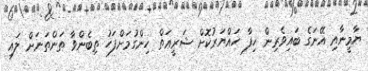
ޔާމީނާއި އޭނަގެ ބައިވެރިން ހިފާ ހައްޔަރުކޮށް ޝަރީޢަތް ހިންގުމަށްފަހު ތިބެންވާ ތަންތަނަށް ލައި